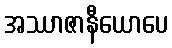
အဿာဇာနီယောပေ